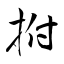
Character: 拊